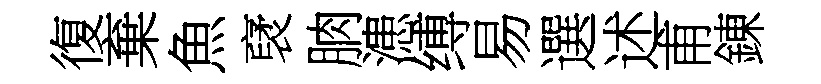
復棄魚裦朒漶缚易選述甫錬